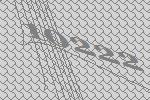
10222